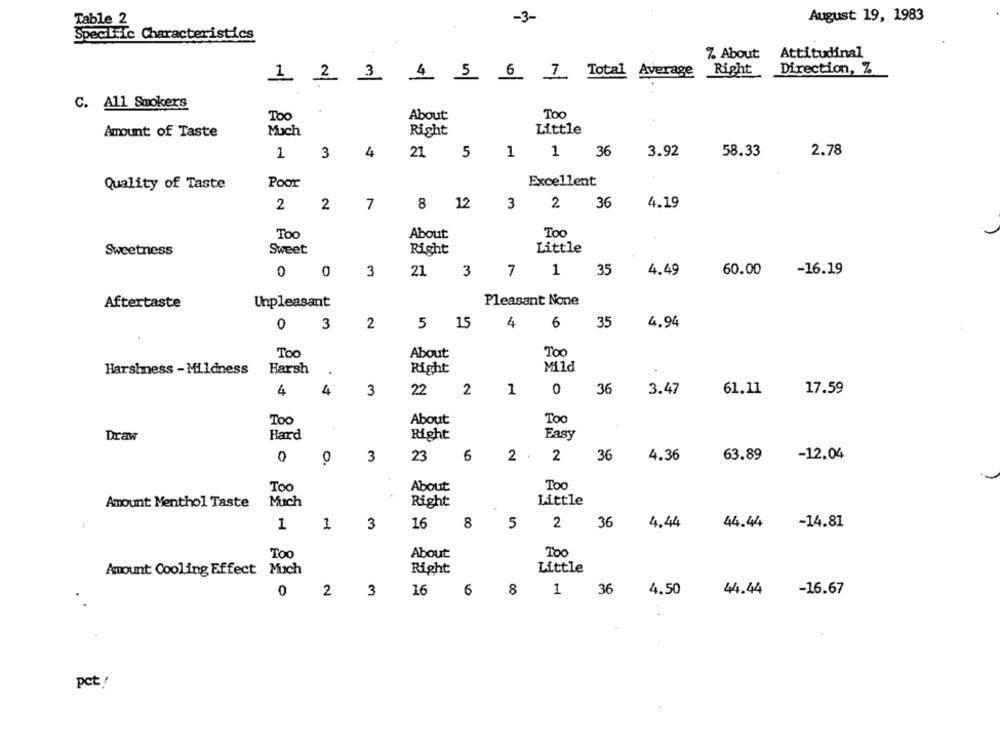
Table 2
-3-
August 19, 1983
Specific Characteristics
% About: Attitudinal
1 2 3 4 5 6 7 Total Average
Right
Direction, Z
C. All Smokers
TOO
Too
About:
Amount of Taste
Much
Right
Little
1
2.78
1
3
4
21
5
1
36
3.92
58.33
Quality of Taste
Poor
Excellent
2
2
7
8 12
3
2
36
4.19
Too
Too
About:
Little
Sweetness
Sweet
Right
7
60.00
0
0
3
21
3
1
35
4.49
-16.19
Aftertaste
Unpleasant
Pleasant None
4
0
3
2
5 15
6
35
4.94
Toc
Too
About
Mild
Harshness - Mildness
Harsh
Right
4
4
2
1
0
36
3.47
61.11
17.59
3
22
Too
About
Too
Hard
Right
Easy
Draw
0
3
23
6
2 .
2
36
4.36
63.89
-12.04
0
Too
About
Too
Mich
Right
Little
Amount Menthol Taste
1
1
3
16
8
5
2
36
4.44
44.44
-14.81
Too
About
Too
Amount Cooling Effect Much
Right
Little
0
2
3
16
6
8 1
36
4.50
44.44
-16.67
pct!